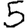
Digit: 5